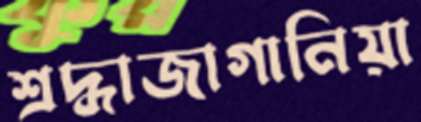
শ্রদ্ধাজাগানিয়া